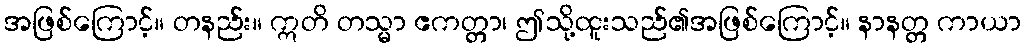
အဖြစ်ကြောင့်။ တနည်း။ ဣတိ တသ္မာ ဧကတ္တာ၊ ဤသို့ထူးသည်၏အဖြစ်ကြောင့်။ နာနတ္တ ကာယာ